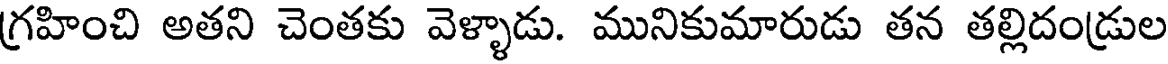
గ్రహించి అతని చెంతకు వెళ్ళాడు. మునికుమారుడు తన తల్లిదండ్రుల